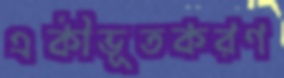
একীভূতকরণ